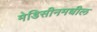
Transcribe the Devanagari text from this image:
मेडिसीनमधील